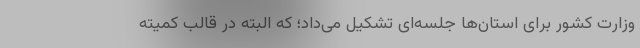
وزارت کشور برای استان‌ها جلسه‌ای تشکیل می‌داد؛ که البته در قالب کمیته